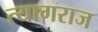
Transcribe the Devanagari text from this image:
त्‍यागराज